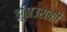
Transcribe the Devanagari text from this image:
झूठाउसकी